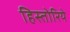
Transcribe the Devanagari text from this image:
हिस्तोरिये